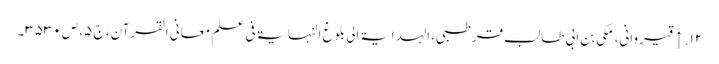
۱۲. ↑ قیروانی، مکی بن ابی طالب قرطبی، الہدایۃ الی بلوغ النہایۃ فی علم معانی القرآن، ج ۵، ص ۳۵۳۰۔